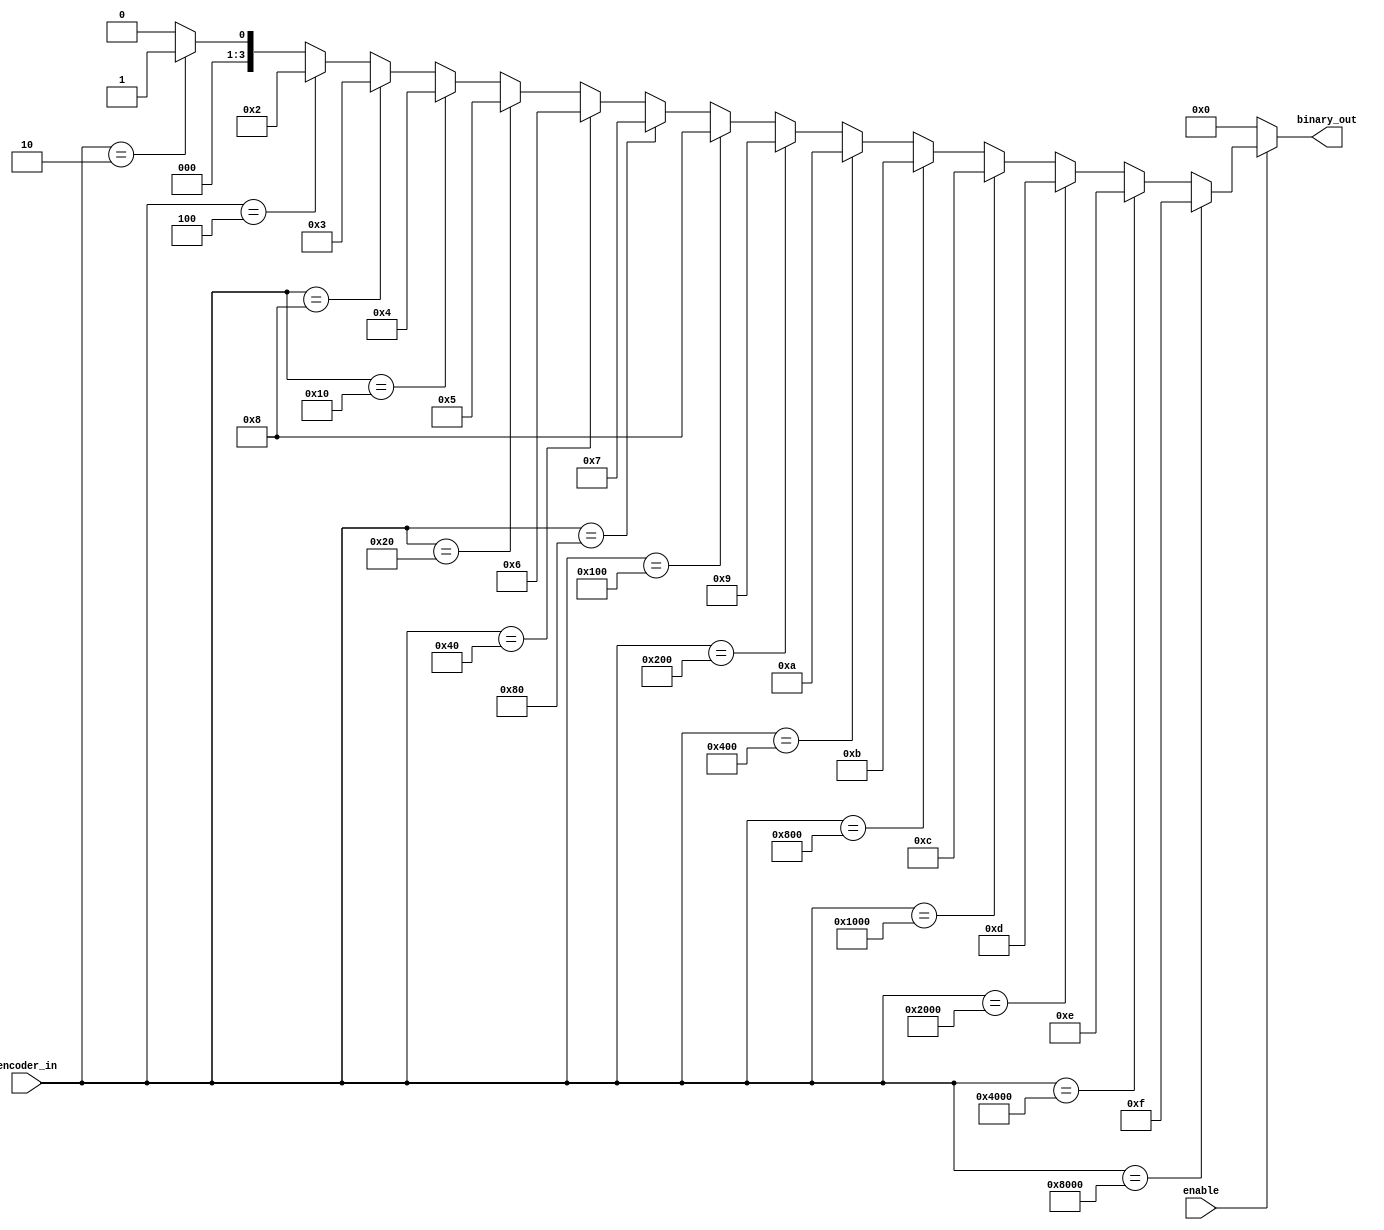
module encoder(binary_out,encoder_in,enable);

output [3:0] binary_out;
input enable;
input [15:0] encoder_in;
reg [3:0] binary_out;

always @ (enable or encoder_in)
    begin
        binary_out = 0;
        if(enable) begin
            if(encoder_in == 16'h0002) begin
                binary_out = 1;
            end if(encoder_in == 16'h0004) begin
                binary_out = 2;
            end if(encoder_in == 16'h0008) begin
                binary_out = 3;
            end if(encoder_in == 16'h0010) begin
                binary_out = 4;
            end if(encoder_in == 16'h0020) begin
                binary_out = 5;
            end if(encoder_in == 16'h0040) begin
                binary_out = 6;
            end if(encoder_in == 16'h0080) begin
                binary_out = 7;
            end if(encoder_in == 16'h0100) begin
                binary_out = 8;
            end if(encoder_in == 16'h0200) begin
                binary_out = 9;
            end if(encoder_in == 16'h0400) begin
                binary_out = 10;
            end if(encoder_in == 16'h0800) begin
                binary_out = 11;
            end if(encoder_in == 16'h1000) begin
                binary_out = 12;
            end if(encoder_in == 16'h2000) begin
                binary_out = 13;
            end if(encoder_in == 16'h4000) begin            
                binary_out = 14;
            end if(encoder_in == 16'h8000) begin
                binary_out = 15;
            end
        end
    end
endmodule